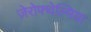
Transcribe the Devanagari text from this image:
ज़ेरोफ्थेल्मिया